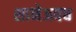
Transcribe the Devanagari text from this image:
शानेअवध